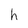
Character: h